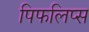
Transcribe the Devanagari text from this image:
पिफलिप्स